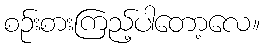
စဉ်းစားကြည့်ပါတော့လေ။